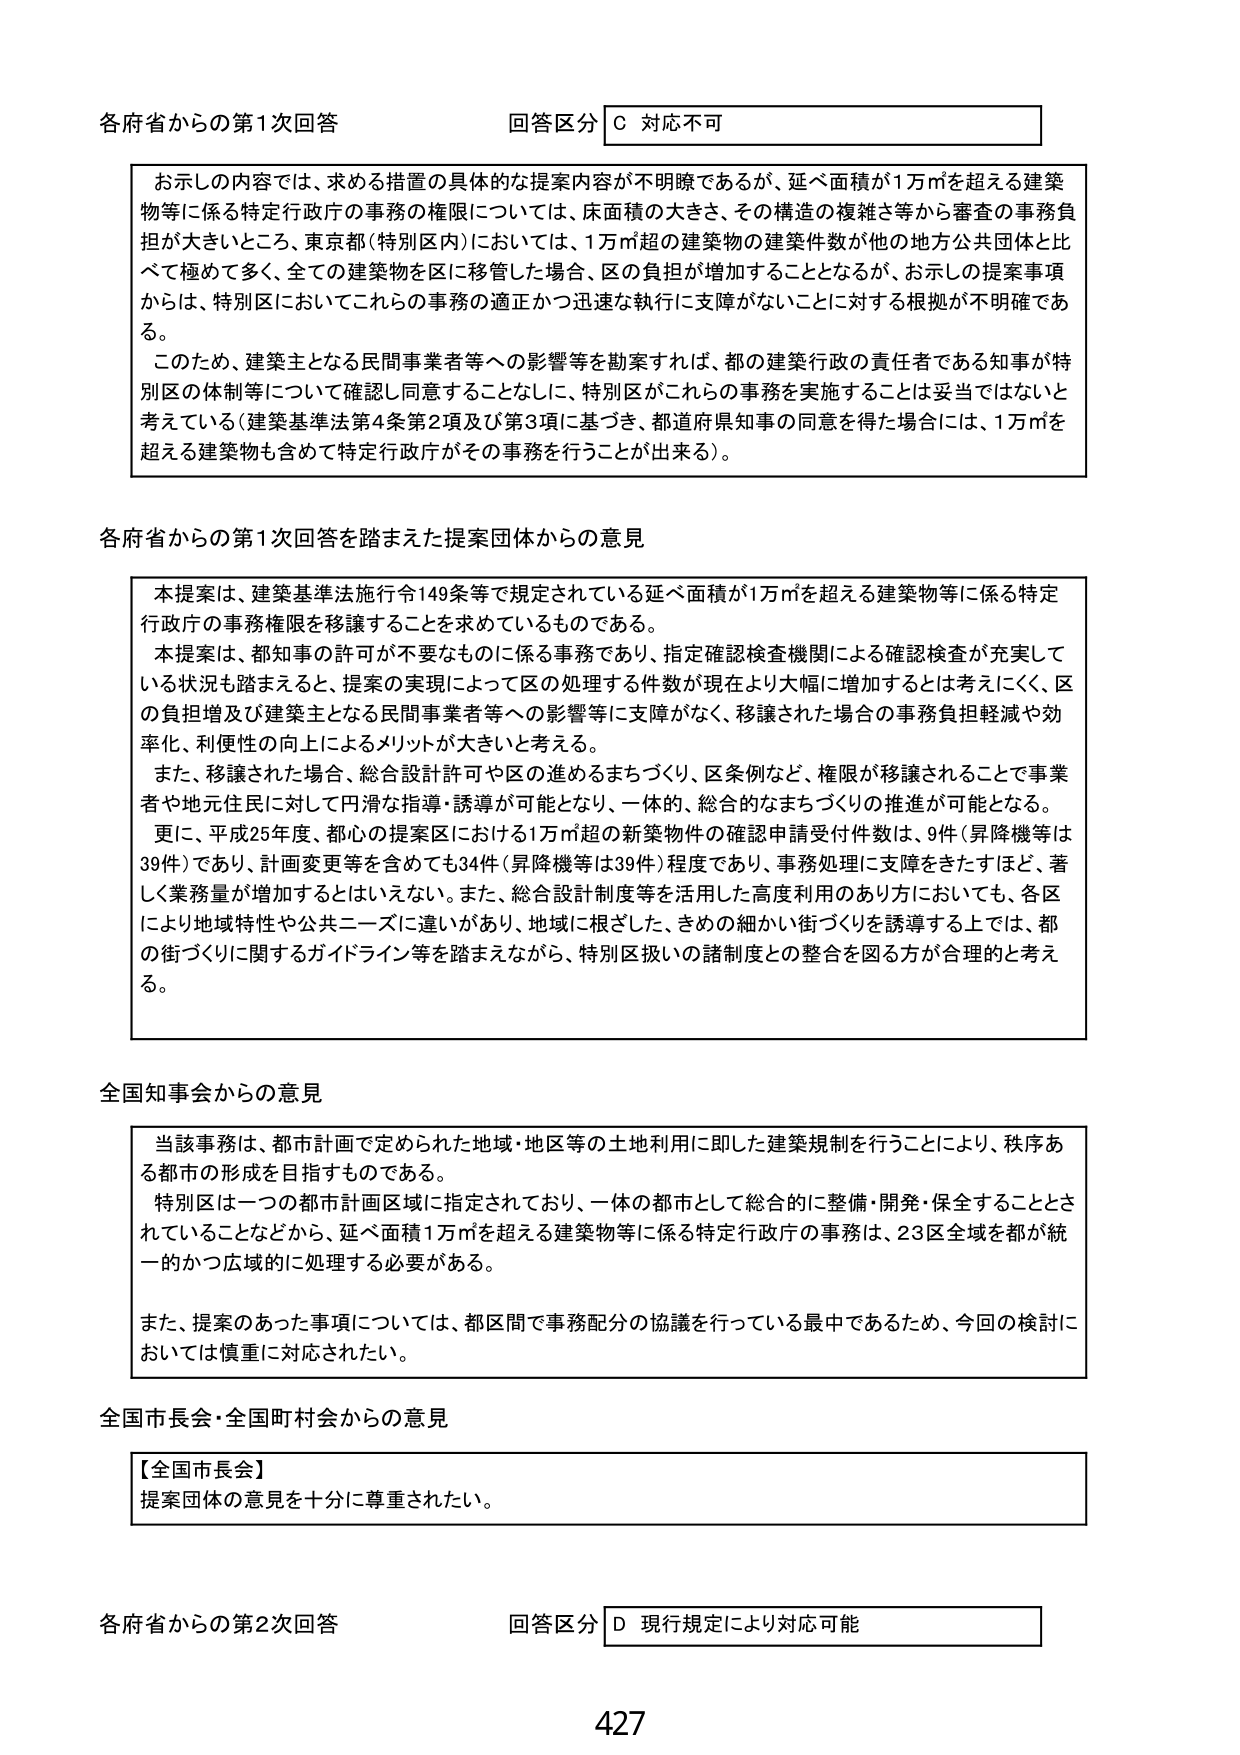
各府省からの第1次回答 回答区分 C 対応不可

お示しの内容では、求める措置の具体的な提案内容が不明瞭であるが、延べ面積が1万㎡を超える建築物等に係る特定行政庁の事務の権限については、床面積の大きさ、その構造の複雑さ等から審査の事務負担が大きいところ、東京都（特別区内）においては、1万㎡超の建築物の建築件数が他の地方公共団体と比べて極めて多く、全ての建築物を区に移管した場合、区の負担が増加することとなるが、お示しの提案事項からは、特別区においてこれらの事務の適正かつ迅速な執行に支障がないことに対する根拠が不明確である。

このため、建築主となる民間事業者等への影響等を勘案すれば、都の建築行政の責任者である知事が特別区の体制等について確認し同意することなしに、特別区がこれらの事務を実施することは妥当ではないと考えている（建築基準法第4条第2項及び第3項に基づき、都道府県知事の同意を得た場合には、1万㎡を超える建築物も含めて特定行政庁がその事務を行うことが出来る）。

各府省からの第1次回答を踏まえた提案団体からの意見

本提案は、建築基準法施行令149条等で規定されている延べ面積が1万㎡を超える建築物等に係る特定行政庁の事務権限を移譲することを求めているものである。

本提案は、都知事の許可が不要なものに係る事務であり、指定確認検査機関による確認検査が充実している状況も踏まえると、提案の実現によって区の処理する件数が現在より大幅に増加するとは考えにくく、区の負担増及び建築主となる民間事業者等への影響等に支障がなく、移譲された場合の事務負担軽減や効率化、利便性の向上によるメリットが大きいと考える。

また、移譲された場合、総合設計許可や区の進めるまちづくり、区条例など、権限が移譲されることで事業者や地元住民に対して円滑な指導・誘導が可能となり、一体的、総合的なまちづくりの推進が可能となる。

更に、平成25年度、都心の提案区における1万㎡超の新築物件の確認申請受付件数は、9件（昇降機等は39件）であり、計画変更等を含めても34件（昇降機等は39件）程度であり、事務処理に支障をきたすほど、著しく業務量が増加するとはいえない。また、総合設計制度等を活用した高度利用のあり方においても、各区に地域特性や公共ニーズに違いがあり、地域に根ざした、きめの細かい街づくりを誘導する上では、都の街づくりに関するガイドライン等を踏まえながら、特別区扱いの諸制度との整合を図る方が合理的と考える。

全国知事会からの意見

当該事務は、都市計画で定められた地域・地区等の土地利用に即した建築規制を行うことにより、秩序ある都市の形成を目指すものである。

特別区は一つの都市計画区域に指定されており、一体の都市として総合的に整備・開発・保全されていることなどから、延べ面積1万㎡を超える建築物等に係る特定行政庁の事務は、23区全域を都が統一的かつ広域的に処理する必要がある。

また、提案のあった事項については、都区間で事務配分の協議を行っている最中であるため、今回の検討においては慎重に対応されたい。

全国市長会・全国町村会からの意見

【全国市長会】
提案団体の意見を十分に尊重されたい。

各府省からの第2次回答 回答区分 D 現行規定により対応可能

427